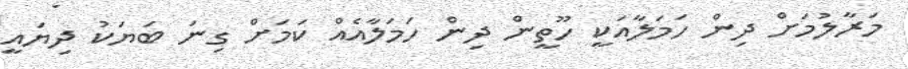
މަރާލުމަށް ދިން ހަމަލާއަކީ ހޫތީން ދިން ހަމަލާއެއް ކަމަށް ގިނަ ބަޔަކު ދިޔައީ